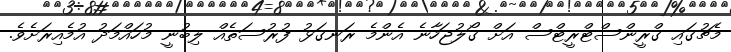
މެޗުގައި ގްރީންސްޓްރީޓްސް އަށް ގޯލުޖަހާނެ އެންމެ ރަނގަޅު ފުރުސަތެއް ލިބުނީ މުހައްމަދު އުމެއިރަށެވެ.